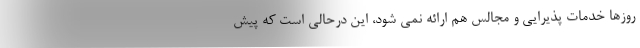
روزها خدمات پذیرایی و مجالس هم ارائه نمی شود، این درحالی است که پیش